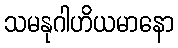
သမနုဂါဟိယမာနော